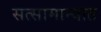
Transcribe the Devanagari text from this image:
सत्सामान्यात